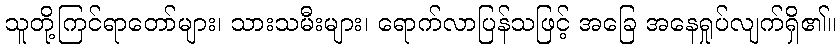
သူတို့ကြင်ရာတော်များ၊ သားသမီးများ၊ ရောက်လာပြန်သဖြင့် အခြေ အနေရှုပ်လျက်ရှိ၏။